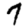
Digit: 7